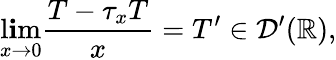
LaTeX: \operatorname*{l\mathbf{i}m}_{x\to0}{\frac{{T-\tau_{x}T}}{{x}}}=T^{\prime}\in{\mathcal{{D}}}^{\prime}(\mathbb{{R}}),